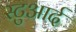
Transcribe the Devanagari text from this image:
स्टुआर्द